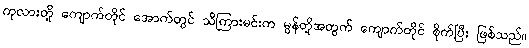
ကုလားတို့ ကျောက်တိုင် အောက်တွင် သိကြားမင်းက မွန်တို့အတွက် ကျောက်တိုင် စိုက်ပြီး ဖြစ်သည်။